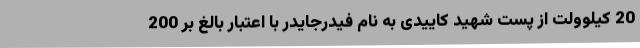
20 کیلوولت از پست شهید کاییدی به نام فیدرجایدر با اعتبار بالغ بر 200